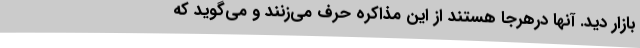
بازار دید. آنها درهرجا هستند از این مذاکره حرف می‌زنند و می‌گوید که